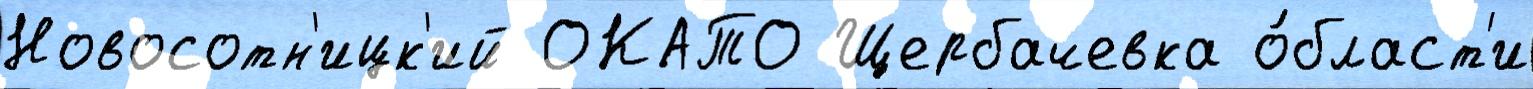
Новосотн'ицк'ий ОКАТО Щербачевка о́бласт'и